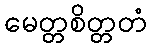
မေတ္တစိတ္တတံ